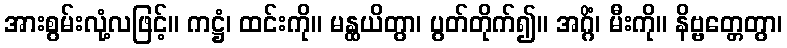
အားစွမ်းလုံ့လဖြင့်။ ကဋ္ဌံ၊ ထင်းကို။ မန္ထယိတွာ၊ ပွတ်တိုက်၍။ အဂ္ဂိံ၊ မီးကို။ နိဗ္ဗတ္တေတွာ၊